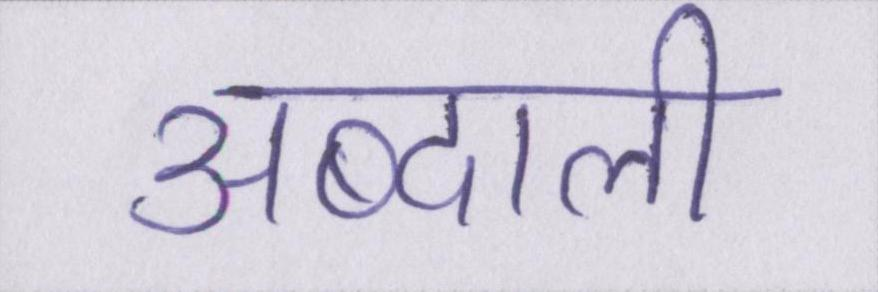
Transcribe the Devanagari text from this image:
अब्दाली